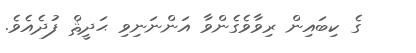
ގެ ކިބައިން ރިވާވެގެންވާ އަންނަނިވި ޙަދީޘް ފުދެއެވެ.